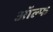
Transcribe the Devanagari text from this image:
ऑल्फ